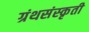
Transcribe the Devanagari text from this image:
ग्रंथसंस्‍कृती